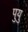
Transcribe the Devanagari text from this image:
पुयु